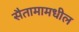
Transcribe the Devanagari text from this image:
सैतामामधील